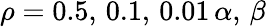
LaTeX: \rho=0.5,\, 0.1,\, 0.01\, \alpha,\, \beta